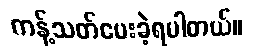
ကန့်သတ်ပေးခဲ့ရပါတယ်။